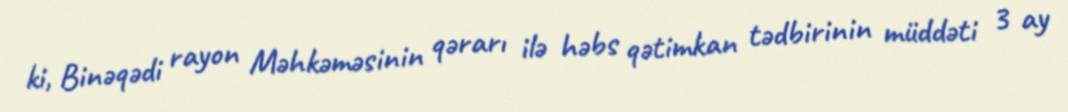
ki, Binəqədi rayon Məhkəməsinin qərarı ilə həbs qətimkan tədbirinin müddəti 3 ay